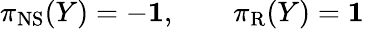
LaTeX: \pi_{\mathrm{NS}}(Y)=-{\mathbf 1},\qquad\pi_{\mathrm{R}}(Y)={\mathbf 1}